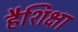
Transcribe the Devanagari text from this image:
हैशिक्षा